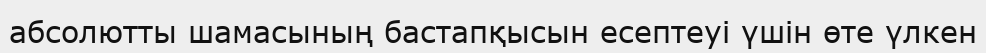
абсолютты шамасының бастапқысын есептеуі үшін өте үлкен